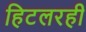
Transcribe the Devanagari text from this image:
हिटलरही